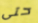
حتى